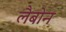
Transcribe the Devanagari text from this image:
लैबोन